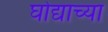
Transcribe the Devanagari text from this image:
घोद्याच्या